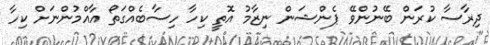
ދިރާސާ ކުރަން ބޭނުންވޭ ޕެންޝަން ނިޒާމު އޮތީ ކިހާ ހިސާބެއްގަތޯ އާއްމުންނަށް ކިހާ